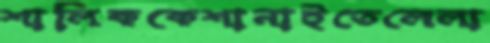
শালিককেশানাইতেলেলা